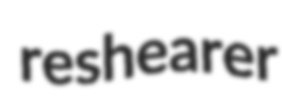
reshearer